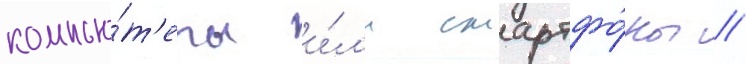
компью́т'еры и́л'и смартфо́ны /